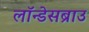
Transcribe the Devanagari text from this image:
लॉन्डेसब्राउ